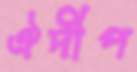
ঐদীপ